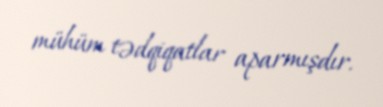
mühüm tədqiqatlar aparmışdır.